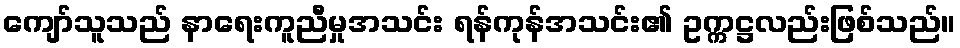
ကျော်သူသည် နာရေးကူညီမှုအသင်း ရန်ကုန်အသင်း၏ ဥက္ကဋ္ဌလည်းဖြစ်သည်။